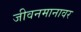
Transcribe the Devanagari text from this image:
जीवनमानावर